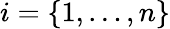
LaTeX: i=\{ 1,\dots,n\}